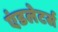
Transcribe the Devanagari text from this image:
एंडलेटर्स